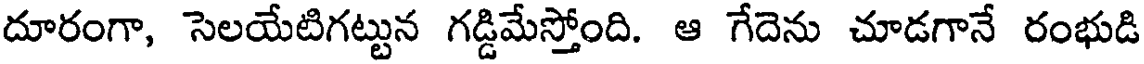
దూరంగా, సెలయేటిగట్టున గడ్డిమేస్తోంది. ఆ గేదెను చూడగానే రంభుడి